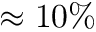
\approx 1 0 \%